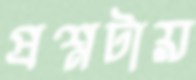
প্রশ্নটায়